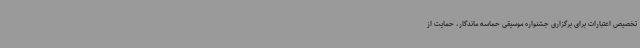
تخصیص اعتبارات برای برگزاری جشنواره موسیقی حماسه ماندگار، حمایت از